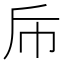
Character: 𭘑